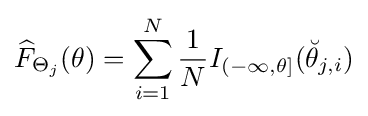
{\widehat {F}}_{\Theta _{j}}(\theta )=\sum _{i=1}^{N}{\frac {1}{N}}I_{(-\infty ,\theta ]}({\breve {\theta }}_{j,i})